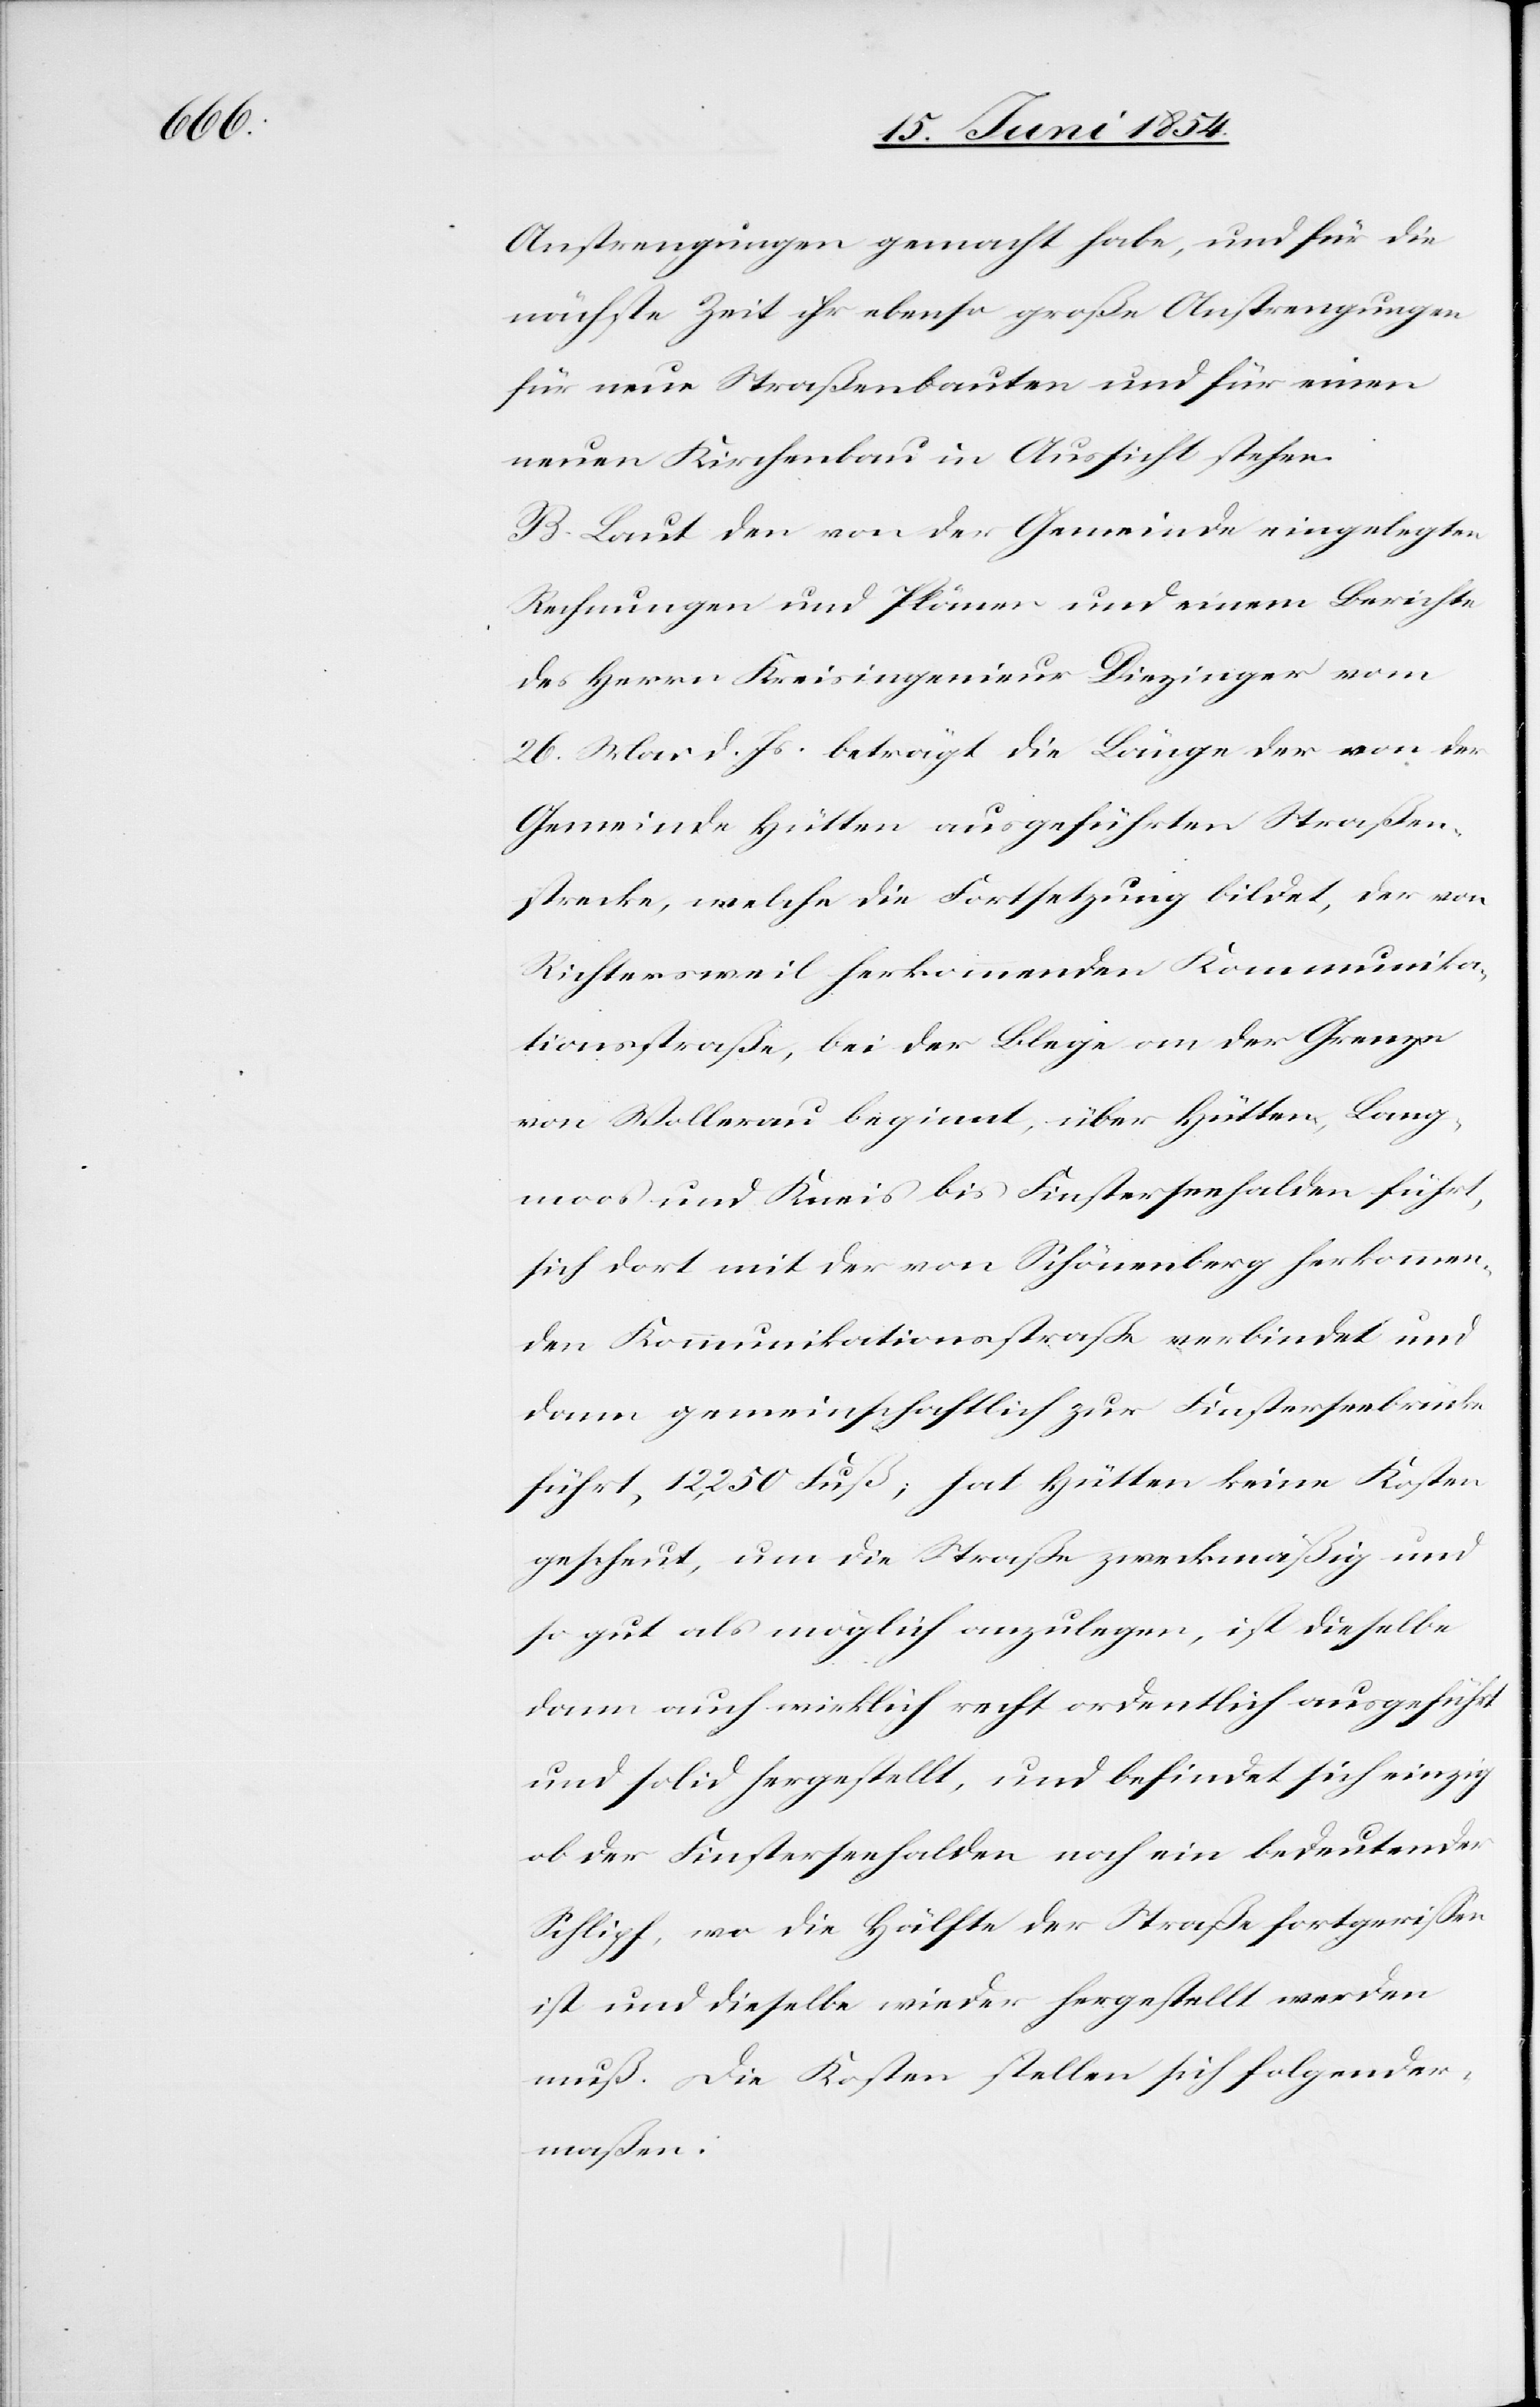
Anstrengungen gemacht habe, und für die
nächste Zeit ihr ebenso große Anstrengungen
für neue Straßenbauten und für einen
neue Kirchenbau in Aussicht stehen.
B. Laut den von der Gemeinde eingelegten
Rechnungen und Plänen und einem Berichte
des Herren Kreisingenieur Diezinger vom
26. Mai d. Js. beträgt die Länge der von der
Gemeinde Hütten ausgeführten Straßen¬
strecke, welche die Fortsetzung bildet, der von
Richtersweil herkommenden Kommunika¬
tionsstraße, bei der Blege an der Grenze
von Wollerau beginnt, über Hütten, Lang¬
moos und Kneis bis Finsterseehalden führt,
sich dort mit der von Schönenberg herkommen¬
den Kommunikationsstraße verbindet und
dann gemeinschaftlich zur Finsterseebrücke
führt, 12,250 Fuß; hat Hütten keine Kosten
gescheut, um die Straße zweckmäßig und
so gut als möglich anzulegen, ist dieselbe
dann auch wirklich recht ordentlich ausgeführt
und solid hergestellt, und befindet sich einzig
ob der Finsterseehalden noch ein bedeutender
Schlipf, wo die Hälfte der Straße fortgerißen
ist und dieselbe wieder hergestellt werden
muß. Die Kosten stellen sich folgender¬
maßen.